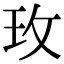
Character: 玫